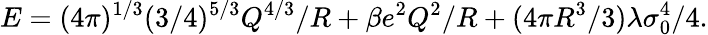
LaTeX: E=(4\pi)^{1/3}(3/4)^{5/3}Q^{4/3}/R+\beta e^{2}Q^{2}/R+(4\pi R^{3}/3)\lambda\sigma_{0}^{4}/4.